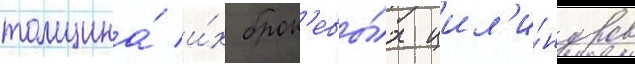
толщина́ и́х брон'евы́х цил'и́ндров